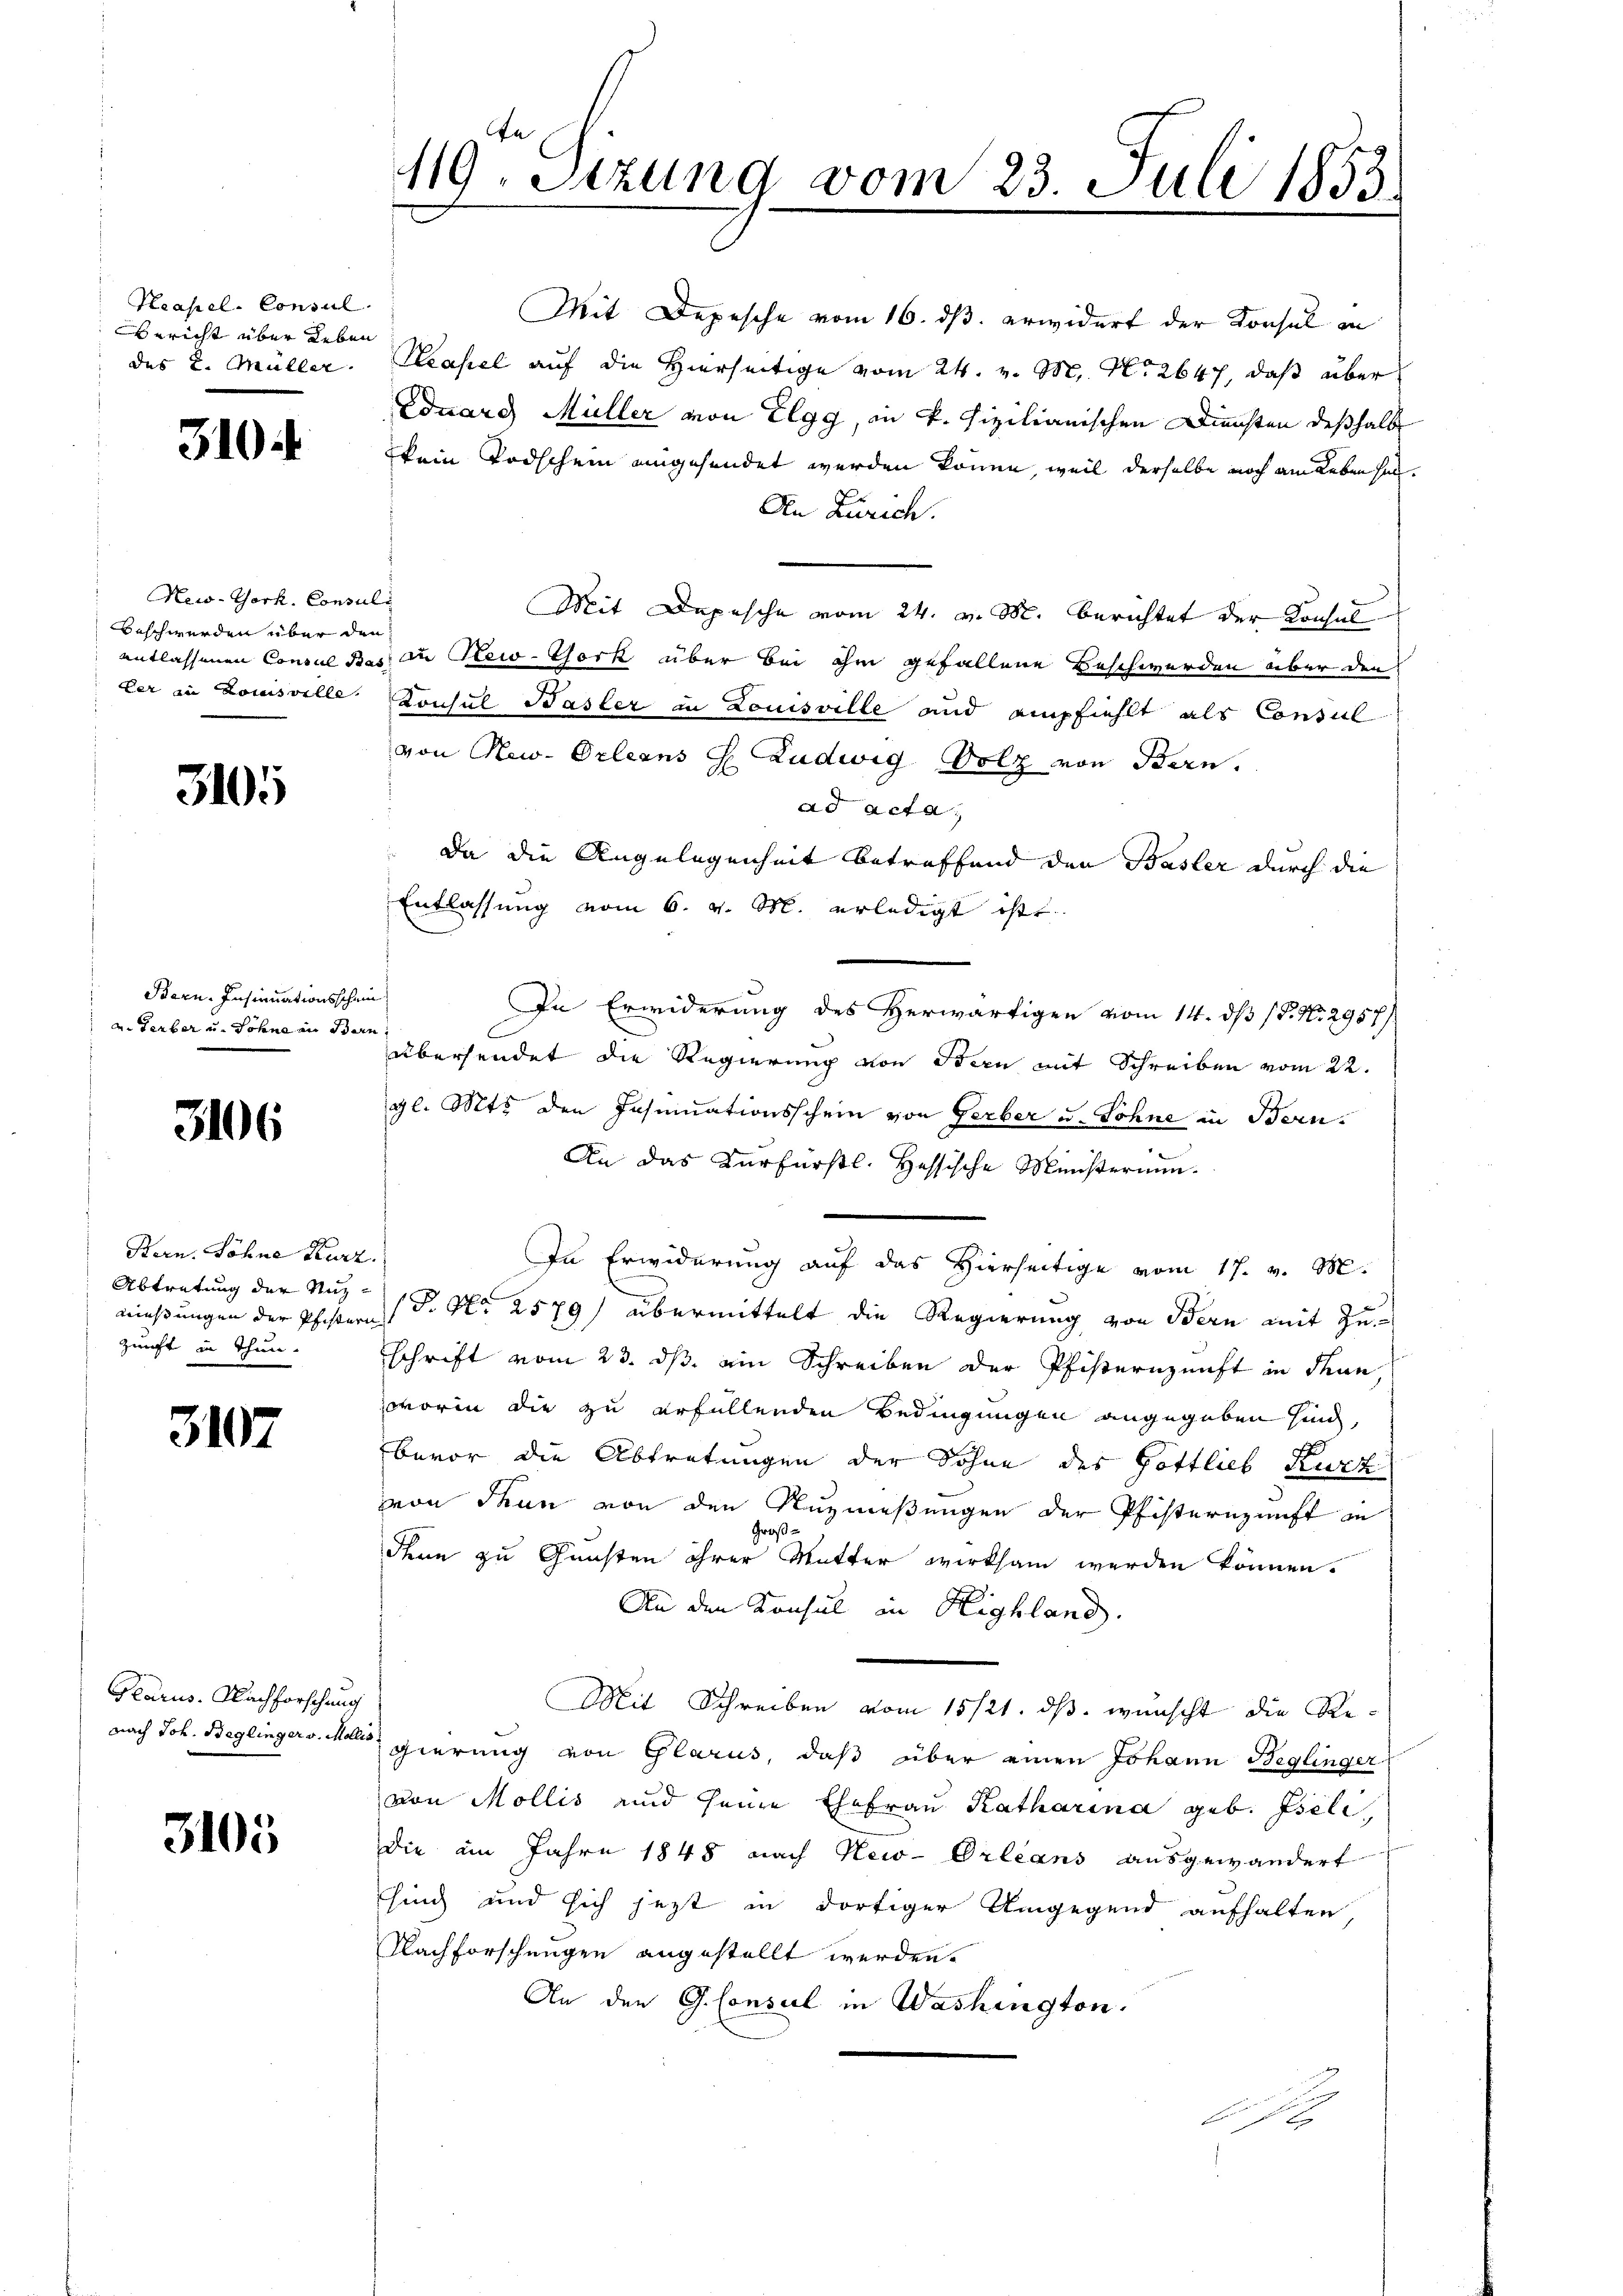
Neapel-Consul
Bericht über Leben

310.

New-York, Consul
Beschwerden über den

310

Bern. Insinuationsschein
a. Serber u. Söhne in Bern,

3106

Bern Söhne Kurz
Abtretung der Nuzzunft in Thun.

3107

Glarus. Nachforschung

3105

119. Sizung vom 23. Juli 1853.

Mit Depesche vom 16. ds. erwidert der Konsul in
des 2. Müller. Hasel auf die Hierseitige vom 24. v. M. N. 2647, daß über
Eduard, Müller von Elgg, in k. Pizilianischen Diensten deßhalb
kein Todschein eingehendet werden könne, weil derselbe noch am Lebensel¬
An Zürich.
Mit Depesche vom 24. v. M. berichtet der Konsul
entlassenen Consul des in New-York über bei ihm gefallene Beschwerden aber den
der in Louisville Konsul Basler in Louisville und empfiehlt als Consul
von New-Orleans H. Ludwig Solz von Bern,
ad acta
Da die Angelegenheit betreffend den Basler durch die
Entlassung vom 6. v. M. erledigt ist
In Erwiderung des Herwärtigen vom 14. ds P. Nr. 2957)
übersendet die Regierung von Ideen mit Schreiben vom 22.
gl. Mts. den Insinuationsschein von Gerber u. Sohne in Bern.
An das Kurfürstl. Hessische Ministerium.
In Erwiderung auf das Hierseitige vom 17. v. M.
mießungen der Pfistern (S. Nr. 2579) übermittelt die Regierung von Bern mit Zuschrift vom 23. ds ein Schreiben der Pfisternunft in denn,
worin die zu erfüllenden Bedingungen angegeben sind,
bevor die Abtretungen der Sohne des Gottlieb Kurz
von Thun von den Nuzmeßungen der Pfisternunft in
Großdenn zu Gunsten ihrer Mutter wirksam werden können.
An den Konsul in Highland.
Mit Schreiben vom 15/21. ds. wunscht die Renach Joh. Beglingers. Mann gierung von Glarus, daß über einen Johann Beglinger
von Mollis und seine Ehefrau Katharina geb. Iseli,
die im Jahre 1848 nach New-Orleans ausgewändert
shing und sich jezt in dortiger Umgegend aufhalten
Nachforschungen angestellt werden.
An den G. Consul in Washington.